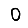
Digit: 0